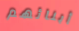
أبنائهم